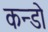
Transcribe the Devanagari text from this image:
कन्डो